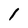
Character: 1